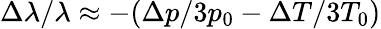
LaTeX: \Delta\lambda/\lambda\approx-(\Delta p/3p_{0}-\Delta T/3T_{0})